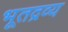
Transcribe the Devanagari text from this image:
भूतद्रव्य